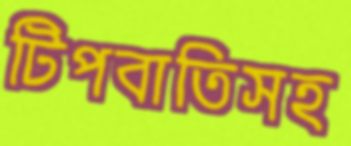
টিপবাতিসহ